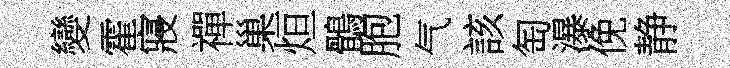
變霍寢禪巢烜鶻胞气該匋瀑俛静